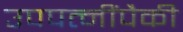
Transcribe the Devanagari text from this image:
उपपत्नींपैकी